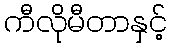
ကီလိုမီတာနှင့်